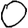
Digit: 0